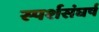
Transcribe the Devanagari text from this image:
स्पर्शसंघर्ष